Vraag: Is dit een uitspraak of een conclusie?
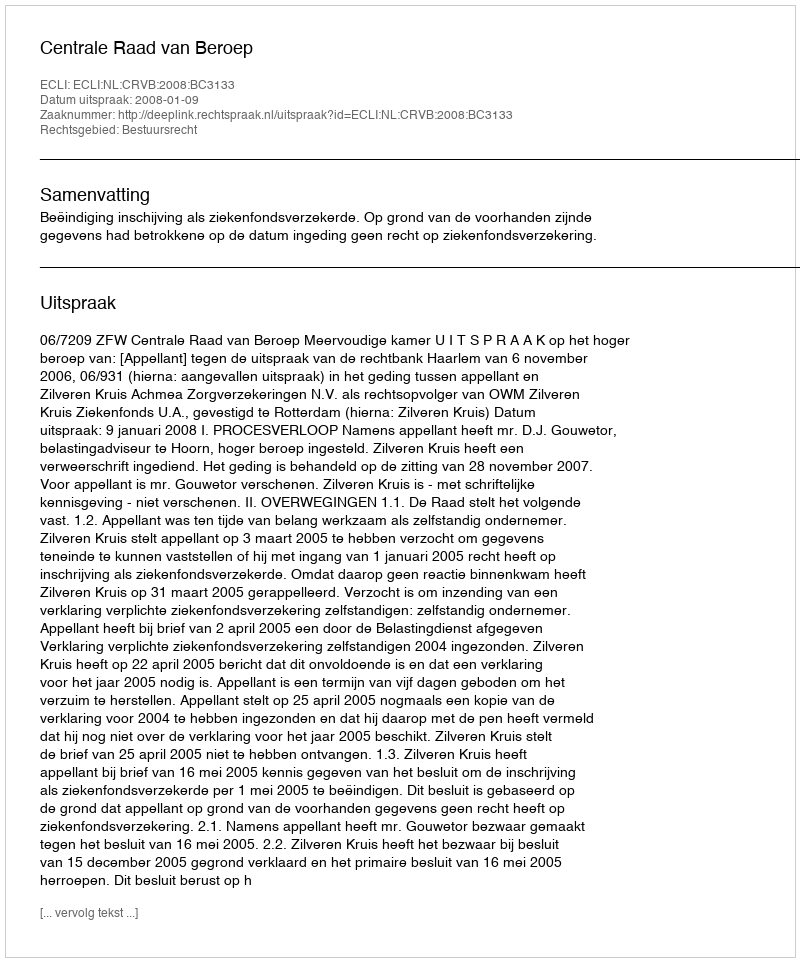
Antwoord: Uitspraak